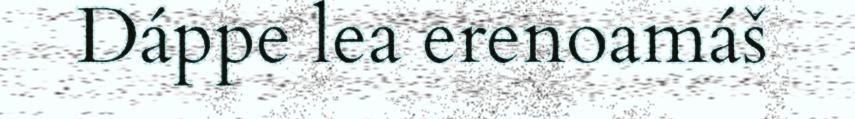
Dáppe lea erenoamáš